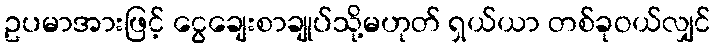
ဥပမာအားဖြင့် ငွေချေးစာချုပ်သို့မဟုတ် ရှယ်ယာ တစ်ခုဝယ်လျှင်